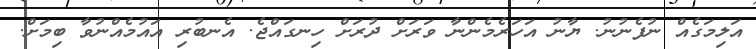
އަލިމަގެއް ނުފެނުނު. ޔާނު އަހަރެމެންނާ ވަރަށް ދުރަށް ހިނގައްޖެ. އެނބުރި އައުމެއްނުވާ ބިމަށް.